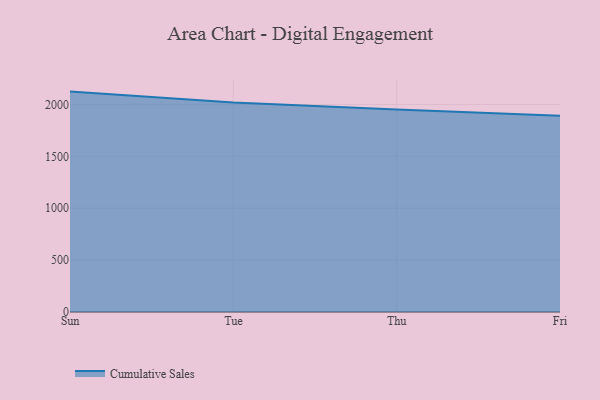
{"axis": {"x": "Day", "y": "Inventory Turnover"}, "legend": ["Cumulative Sales"], "data": [{"x": "Sun", "y": 2123.8, "type": "Cumulative Sales"}, {"x": "Tue", "y": 2017.7, "type": "Cumulative Sales"}, {"x": "Thu", "y": 1951.8, "type": "Cumulative Sales"}, {"x": "Fri", "y": 1890.6, "type": "Cumulative Sales"}]}